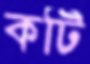
কটি